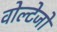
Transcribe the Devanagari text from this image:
वोल्टेजों